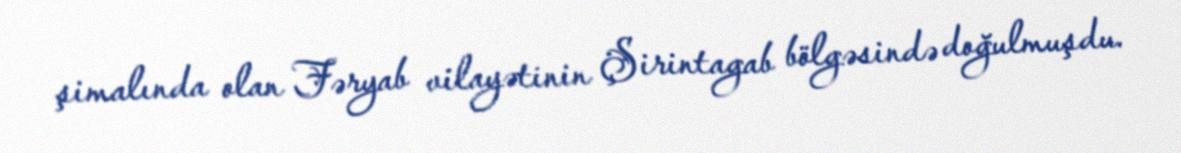
şimalında olan Fəryab vilayətinin Şirintagab bölgəsində doğulmuşdu.